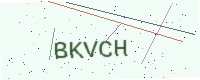
Text: BKVCH